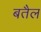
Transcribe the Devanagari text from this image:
बतैल